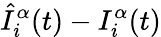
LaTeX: \hat{I}_{i}^{\alpha}(t)-I_{i}^{\alpha}(t)